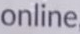
online